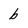
Character: b